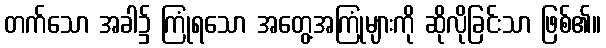
တက်သော အခါ၌ ကြုံရသော အတွေ့အကြုံများကို ဆိုလိုခြင်းသာ ဖြစ်၏။